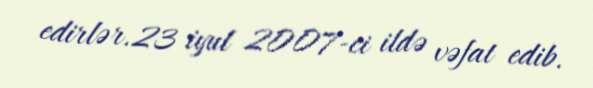
edirlər.23 iyul 2007-ci ildə vəfat edib.